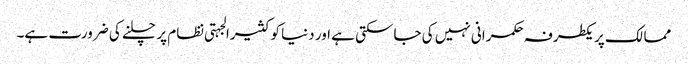
ممالک پر یکطرفہ حکمرانی نہیں کی جاسکتی ہے اور دنیا کو کثیرالجہتی نظام پر چلنے کی ضرورت ہے۔